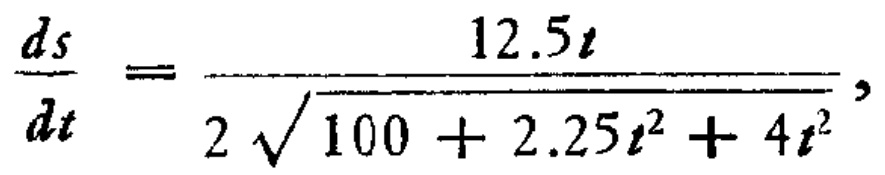
$\frac{ds}{dt}=\frac{12.5t}{2\sqrt{100 + 2.25t^{2}+4t^{2}}},$